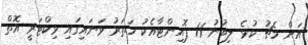
އަށް މެޗު ކުޅެ ލިބުނު 11 ޕޮއިންޓާއެކު ހަތަރު ވަނައިގައި ވިކްޓަރީ އޮތް